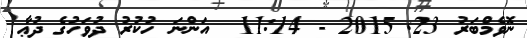
ނޮވެމްބަރު 23